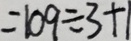
= 1 0 9 \div 3 + 1